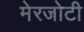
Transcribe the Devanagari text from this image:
मेरजोटी